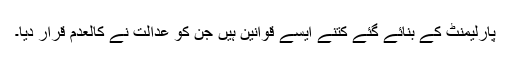
پارلیمنٹ کے بنائے گئے کتنے ایسے قوانین ہیں جن کو عدالت نے کالعدم قرار دیا۔